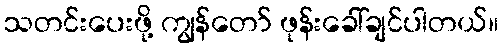
သတင်းပေးဖို့ ကျွန်တော် ဖုန်းခေါ်ချင်ပါတယ်။